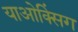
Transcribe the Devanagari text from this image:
याओक्सिंग